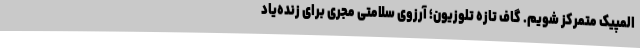
المپیک متمرکز شویم. گاف تازه تلوزیون؛ آرزوی سلامتی مجری برای زنده‌یاد